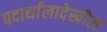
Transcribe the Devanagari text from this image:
पदार्थालादेखील